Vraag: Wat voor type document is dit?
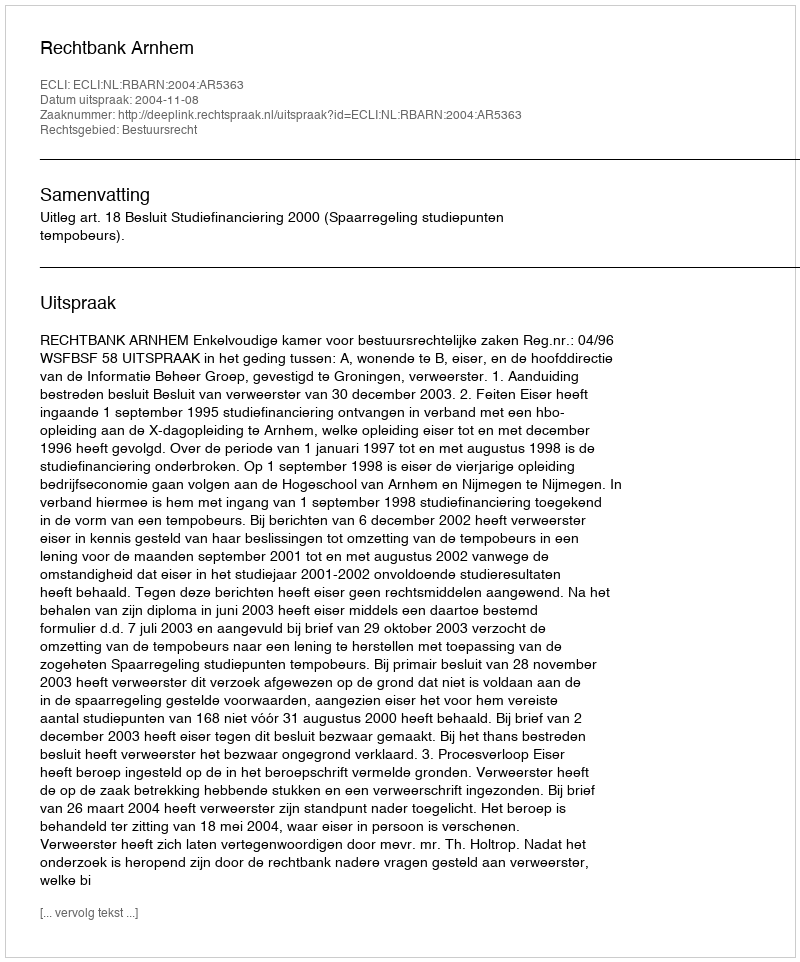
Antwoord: Uitspraak